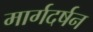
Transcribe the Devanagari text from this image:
मार्गदर्षन